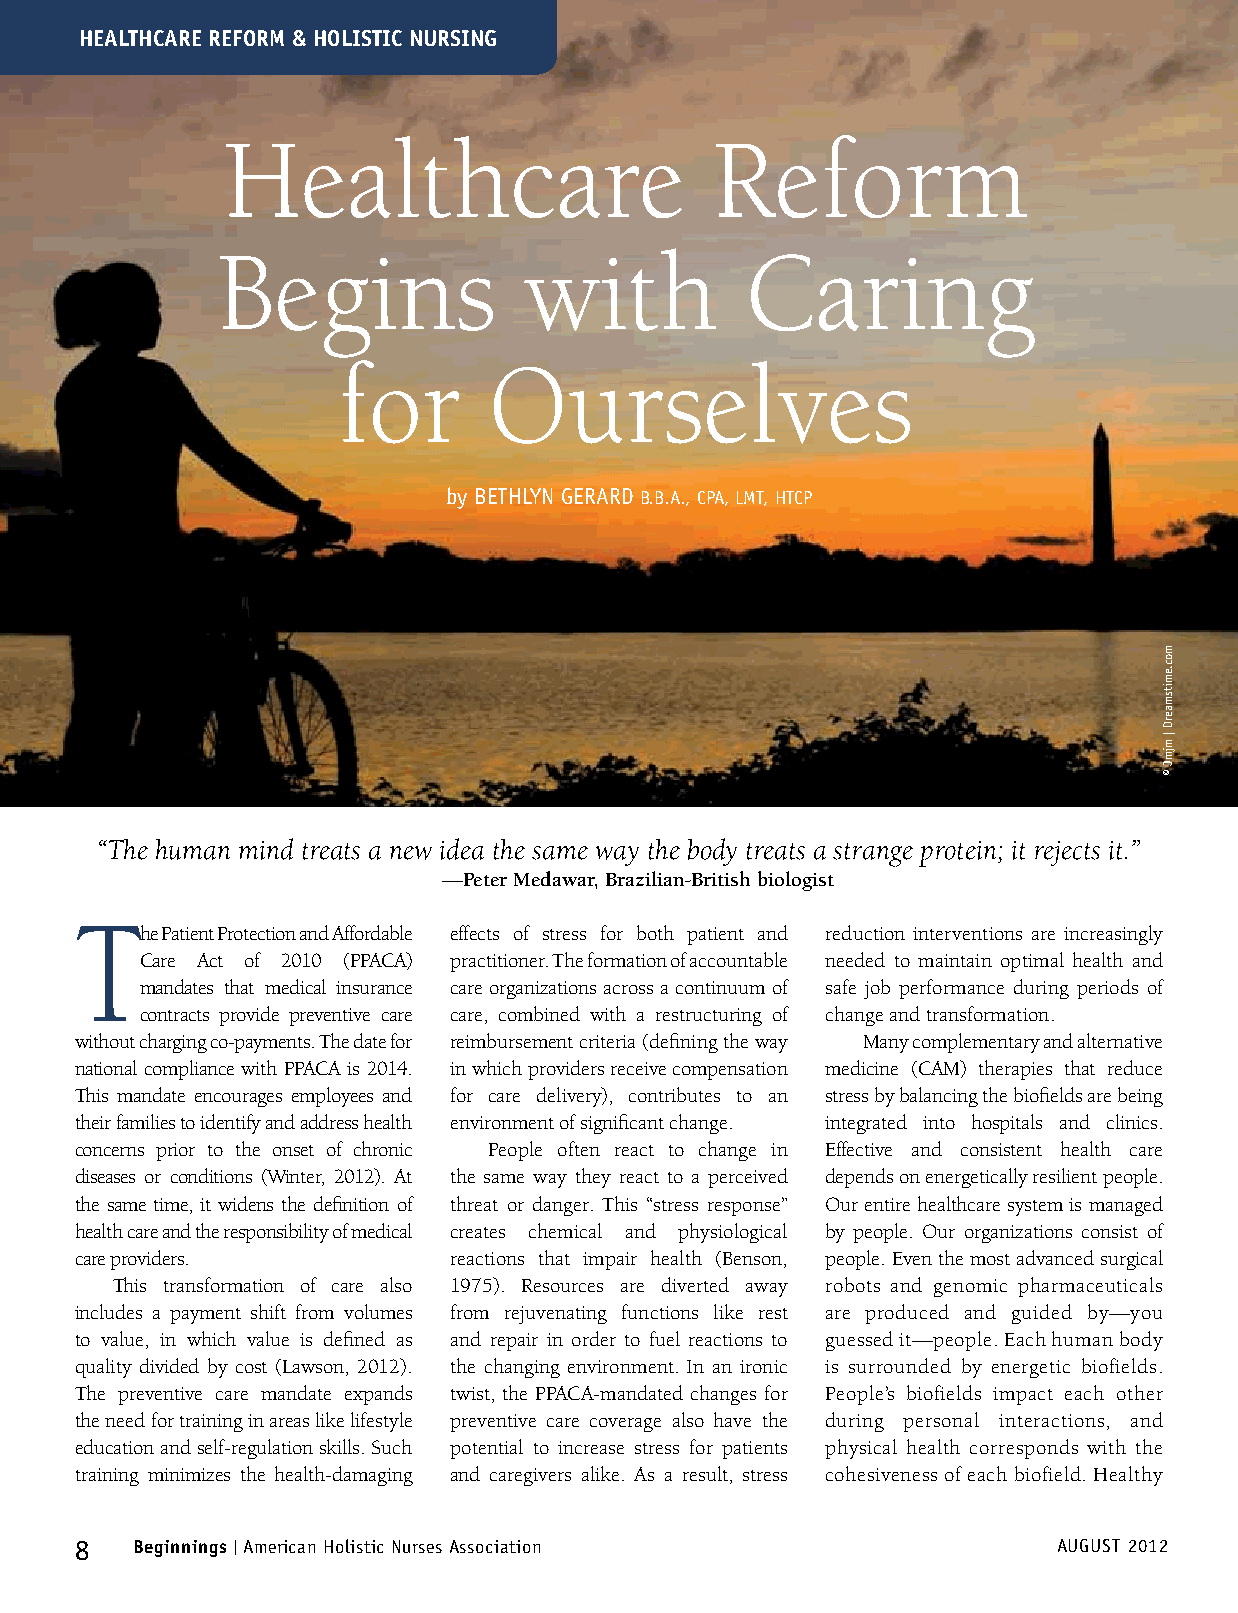
hEalthcaRE REfoRm & holIStIc NURSINg
 Healthcare                      Reform
 Begins               with          Caring
 for       Ourselves
 by BETHLyN GERARD B.B.A., CPA, LMT, HTCP
 “The human mind treats a new idea the same way the body treats a strange protein; it rejects it.”
 —Peter Medawar, Brazilian-British biologist
 T
 he Patient Protection and Affordable effects of stress for both patient and reduction interventions are increasingly
 Care Act of 2010 (PPACA) practitioner. The formation of accountable needed to maintain optimal health and
 mandates that medical insurance care organizations across a continuum of safe job performance during periods of
 contracts provide preventive care care, combined with a restructuring of change and transformation.
 without charging co-payments. The date for reimbursement criteria (defining the way Many complementary and alternative
 national compliance with PPACA is 2014. in which providers receive compensation medicine (CAM) therapies that reduce
 This mandate encourages employees and for care delivery), contributes to an stress by balancing the biofields are being
 their families to identify and address health environment of significant change. integrated into hospitals and clinics.
 concerns prior to the onset of chronic People often react to change in Effective and consistent health care
 diseases or conditions (Winter, 2012). At the same way they react to a perceived depends on energetically resilient people.
 the same time, it widens the definition of threat or danger. This “stress response” Our entire healthcare system is managed
 health care and the responsibility of medical creates chemical and physiological by people. Our organizations consist of
 care providers.          reactions that impair health (Benson, people. Even the most advanced surgical
 This transformation of care also 1975). Resources are diverted away robots and genomic pharmaceuticals
 includes a payment shift from volumes from rejuvenating functions like rest are produced and guided by—you
 to value, in which value is defined as and repair in order to fuel reactions to guessed it—people. Each human body
 quality divided by cost (Lawson, 2012). the changing environment. In an ironic is surrounded by energetic biofields.
 The preventive care mandate expands twist, the PPACA-mandated changes for People’s biofields impact each other
 the need for training in areas like lifestyle preventive care coverage also have the during personal interactions, and
 education and self-regulation skills. Such potential to increase stress for patients physical health corresponds with the
 training minimizes the health-damaging and caregivers alike. As a result, stress cohesiveness of each biofield. Healthy
 8   Beginnings | American Holistic Nurses Association            AUGUST 2012
 moc.emitsmaerD
 |
 mjmJ
 ©